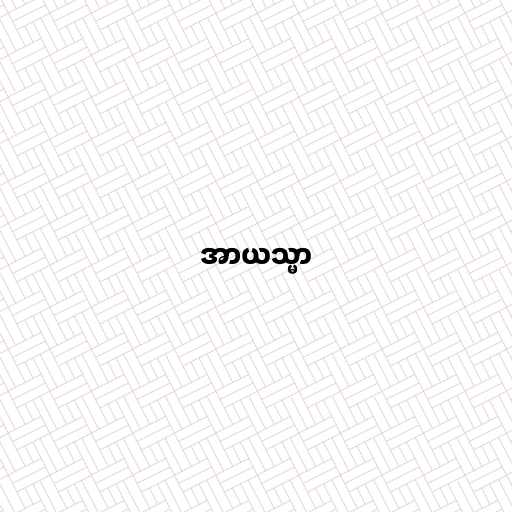
အာယသ္မာ